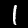
Label: 1